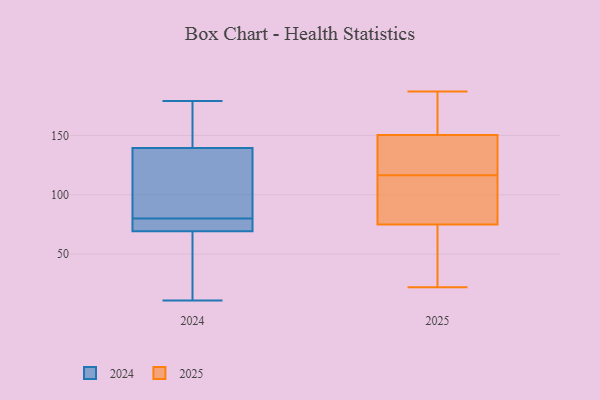
{"axis": {"x": "Bounce Rate (%)", "y": "Value"}, "legend": ["2024", "2025"], "data": [{"x": "", "y": 141, "type": "2024"}, {"x": "", "y": 142, "type": "2024"}, {"x": "", "y": 14, "type": "2024"}, {"x": "", "y": 179, "type": "2024"}, {"x": "", "y": 11, "type": "2024"}, {"x": "", "y": 70, "type": "2024"}, {"x": "", "y": 95, "type": "2024"}, {"x": "", "y": 80, "type": "2024"}, {"x": "", "y": 135, "type": "2024"}, {"x": "", "y": 69, "type": "2024"}, {"x": "", "y": 79, "type": "2024"}, {"x": "", "y": 167, "type": "2025"}, {"x": "", "y": 79, "type": "2025"}, {"x": "", "y": 108, "type": "2025"}, {"x": "", "y": 71, "type": "2025"}, {"x": "", "y": 116, "type": "2025"}, {"x": "", "y": 187, "type": "2025"}, {"x": "", "y": 165, "type": "2025"}, {"x": "", "y": 135, "type": "2025"}, {"x": "", "y": 117, "type": "2025"}, {"x": "", "y": 136, "type": "2025"}, {"x": "", "y": 41, "type": "2025"}, {"x": "", "y": 22, "type": "2025"}]}